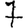
Digit: 7